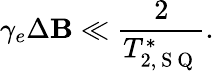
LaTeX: \gamma_{e}\Delta\mathbf{B}\ll\frac{{2}}{{T_{2,\mathrm{{~S~Q~}}}^{*}}}.